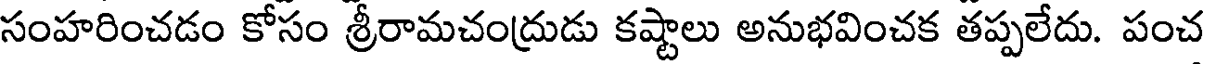
సంహరించడం కోసం శ్రీరామచంద్రుడు కష్టాలు అనుభవించక తప్పలేదు. పంచ